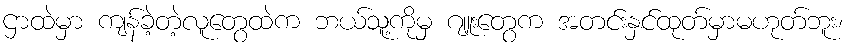
ဌာထဲမှာ ကျန်ခဲ့တဲ့လူတွေထဲက ဘယ်သူ့ကိုမှ ဂျူးတွေက အတင်းနှင်ထုတ်မှာမဟုတ်ဘူး၊